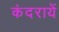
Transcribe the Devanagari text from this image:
कंदरायें